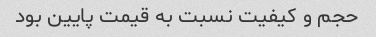
حجم و کیفیت نسبت به قیمت پایین بود